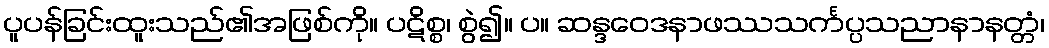
ပူပန်ခြင်းထူးသည်၏အဖြစ်ကို။ ပဋိစ္စ၊ စွဲ၍။ ပ။ ဆန္ဒဝေဒနာဖဿသင်္ကပ္ပသညာနာနတ္တံ၊